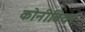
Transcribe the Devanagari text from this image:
कोनीबियर